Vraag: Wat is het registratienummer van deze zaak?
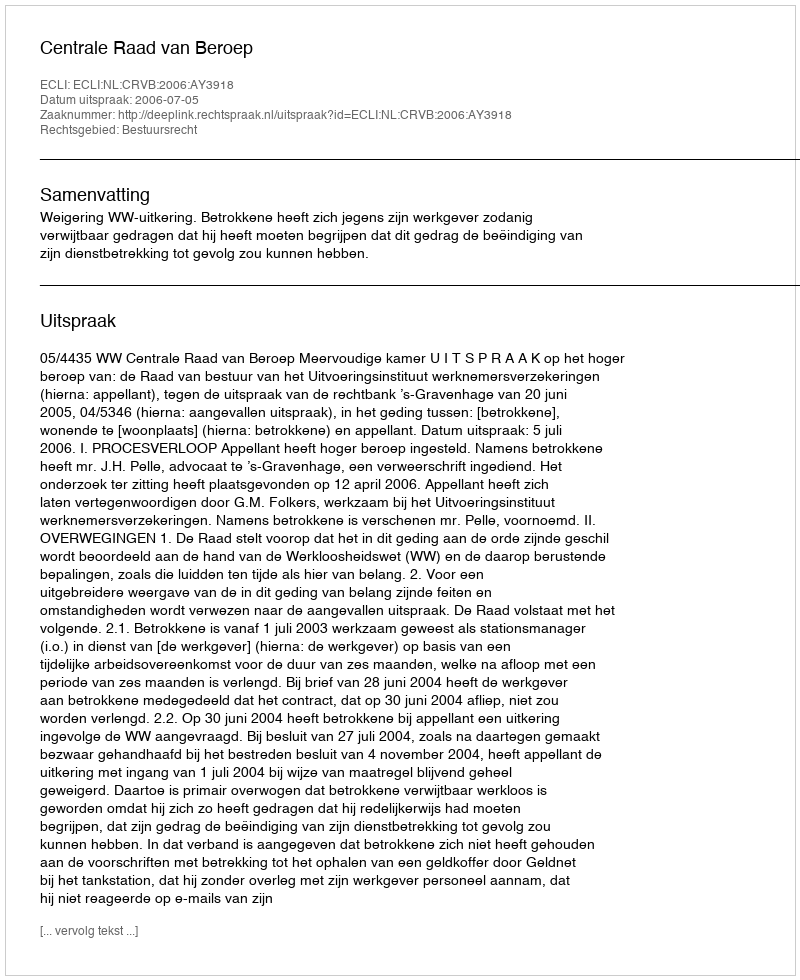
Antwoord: http://deeplink.rechtspraak.nl/uitspraak?id=ECLI:NL:CRVB:2006:AY3918